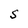
Character: S